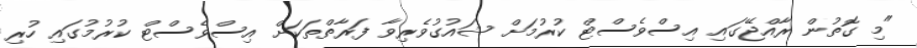
"މި ގޮތުން ރާއްޖޭގައި އިސްވެސްޓް ކުރުމަށް ޝައުގުވެރިވާ ފަރާތްތަކަށް އިސްވެސްޓް ކުރުމުގައި ހުރި